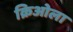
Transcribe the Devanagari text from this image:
क्रिओला